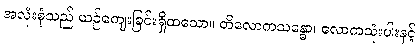
အလုံးစုံသည် ယဉ်ကျေးခြင်းရှိထသော။ တိလောကသန္ဓော၊ လောကသုံးပါးနှင့်